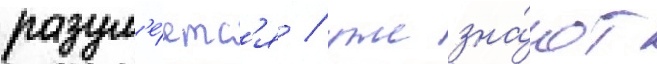
разум'е́етс'я / уже зна́ют